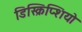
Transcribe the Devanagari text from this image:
डिस्क्रिप्शियो